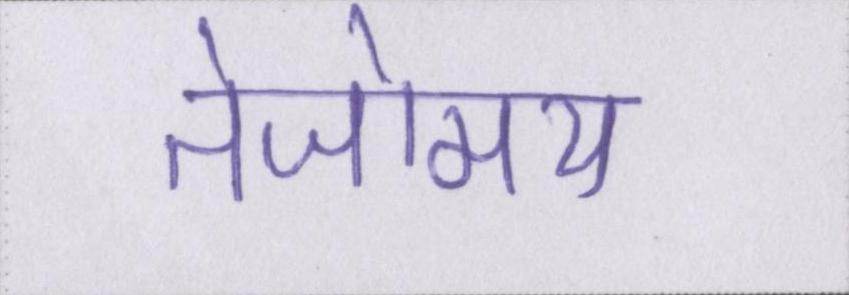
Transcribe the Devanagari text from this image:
तेजोमय